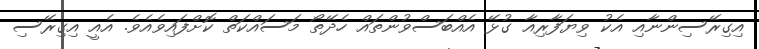
އިގިރޭސިންނާއި އެކު ވިޔަފާރިއާ ގުޅޭ އެއްބަސްވުންތައް ހެދޭތޯ މަސައްކަތް ކޮށްފައިވެއެވެ. އެއީ އިގިރޭސި